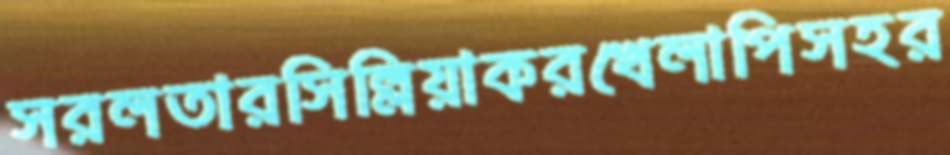
সরলতারসিল্লিয়াকরখেলাপিসহর